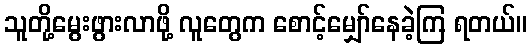
သူတို့မွေးဖွားလာဖို့ လူတွေက စောင့်မျှော်နေခဲ့ကြ ရတယ်။